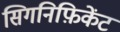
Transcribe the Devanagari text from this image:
सिगनिफ़िकेंट